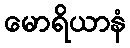
မောရိယာနံ